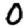
Digit: 0